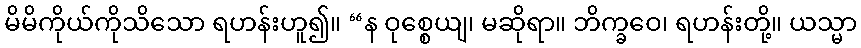
မိမိကိုယ်ကိုသိသော ရဟန်းဟူ၍။ “န ဝုစ္စေယျ၊ မဆိုရာ။ ဘိက္ခဝေ၊ ရဟန်းတို့။ ယသ္မာ